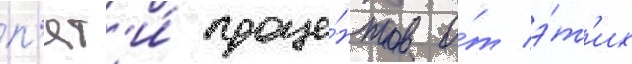
п'ят'и́ проце́нтов о́т э́т'их